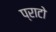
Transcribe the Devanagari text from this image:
प्राटो